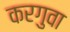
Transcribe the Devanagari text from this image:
करगुवा